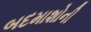
બદમાશોની